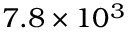
7 . 8 \times 1 0 ^ { 3 }